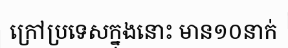
ក្រៅប្រទេសក្នុងនោះ មាន១០នាក់